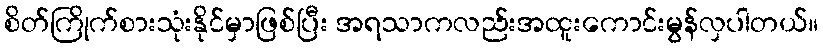
စိတ်ကြိုက်စားသုံးနိုင်မှာဖြစ်ပြီး အရသာကလည်းအထူးကောင်းမွန်လှပါတယ်။